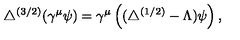
\triangle ^ { ( 3 / 2 ) } ( \gamma ^ { \mu } \psi ) = \gamma ^ { \mu } \left( ( \triangle ^ { ( 1 / 2 ) } - \Lambda ) \psi \right) ,